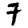
Digit: 7